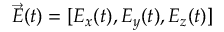
\Vec { E } ( t ) = [ E _ { x } ( t ) , E _ { y } ( t ) , E _ { z } ( t ) ]